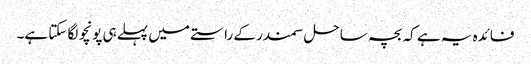
فائدہ یہ ہے کہ بچہ ساحل سمندر کے راستے میں پہلے ہی پونچو لگا سکتا ہے۔